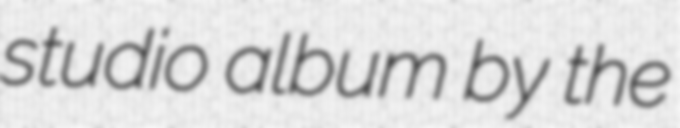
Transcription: studio album by the